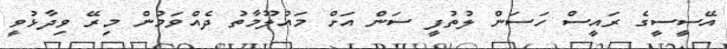
އޭސީސީގެ ރައީސް ހަސަން ލުތުފީ ސަން އަށް މައުލޫމާތު ދެއްވަމުން މިރޭ ވިދާޅުވީ